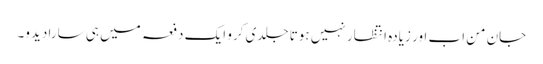
جان من اب اور زیادہ انتظار نہیں ہوتا جلدی کرو ایک دفعہ میں ہی سارا دیدو۔